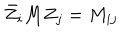
LaTeX: \bar { Z } _ { i } M Z _ { j } = M _ { i j }